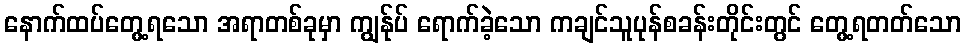
နောက်ထပ်တွေ့ရသော အရာတစ်ခုမှာ ကျွန်ုပ် ရောက်ခဲ့သော ကချင်သူပုန်စခန်းတိုင်းတွင် တွေ့ရတတ်သော